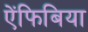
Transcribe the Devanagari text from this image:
ऐंफिबिया